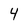
Character: 4